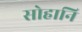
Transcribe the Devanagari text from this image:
सोहानि